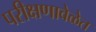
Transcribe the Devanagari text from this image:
परीक्षणावेळेत